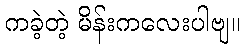
ကခဲ့တဲ့ မိန်းကလေးပါဗျ။